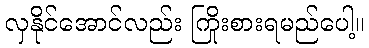
လှနိုင်အောင်လည်း ကြိုးစားရမည်ပေါ့။